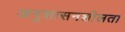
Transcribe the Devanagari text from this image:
अनुशासनशीलता